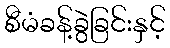
စီမံခန့်ခွဲခြင်းနှင့်